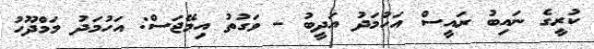
ކުރީގެ ނައިބު ރައީސް އަހުމަދު އަދީބު - ވަގުތު އިމޭޖަސް: އަހުމަދު މަމްދޫހު